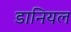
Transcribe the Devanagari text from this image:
डानियल